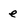
Character: e